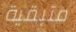
متبقية